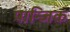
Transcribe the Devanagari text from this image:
पान्जिक